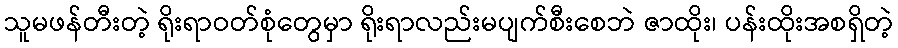
သူမဖန်တီးတဲ့ ရိုးရာဝတ်စုံတွေမှာ ရိုးရာလည်းမပျက်စီးစေဘဲ ဇာထိုး၊ ပန်းထိုးအစရှိတဲ့